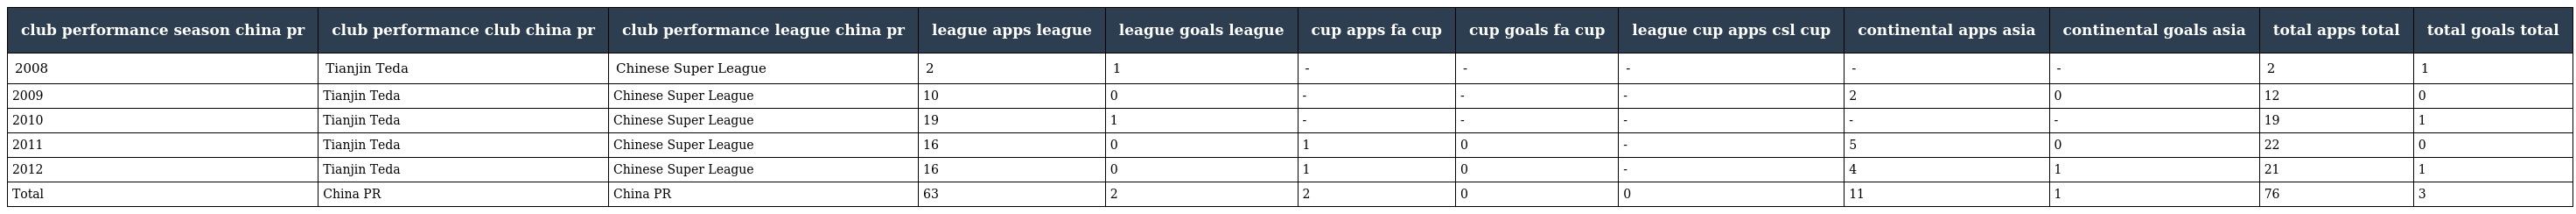
| club performance season china pr | club performance club china pr | club performance league china pr | league apps league | league goals league | cup apps fa cup | cup goals fa cup | league cup apps csl cup | continental apps asia | continental goals asia | total apps total | total goals total |
 | --- | --- | --- | --- | --- | --- | --- | --- | --- | --- | --- | --- |
 | 2008 | Tianjin Teda | Chinese Super League | 2 | 1 | - | - | - | - | - | 2 | 1 |
 | 2009 | Tianjin Teda | Chinese Super League | 10 | 0 | - | - | - | 2 | 0 | 12 | 0 |
 | 2010 | Tianjin Teda | Chinese Super League | 19 | 1 | - | - | - | - | - | 19 | 1 |
 | 2011 | Tianjin Teda | Chinese Super League | 16 | 0 | 1 | 0 | - | 5 | 0 | 22 | 0 |
 | 2012 | Tianjin Teda | Chinese Super League | 16 | 0 | 1 | 0 | - | 4 | 1 | 21 | 1 |
 | Total | China PR | China PR | 63 | 2 | 2 | 0 | 0 | 11 | 1 | 76 | 3 |